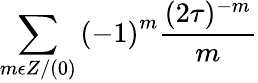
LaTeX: \sum_{m\epsilon Z/(0)}{(-1)}^{m}\frac{(2\tau)^{-m}}{m}